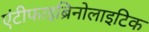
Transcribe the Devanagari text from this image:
एंटीफाइब्रिनोलाइटिक